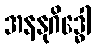
အနနုဂိဒ္ဓေါ